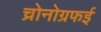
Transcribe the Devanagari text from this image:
च्रोनोग्रफई